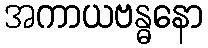
အကာယဗန္ဓနော